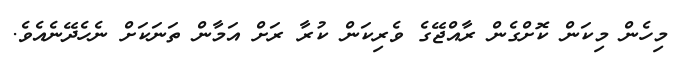
މިހެން މިކަން ކޮށްގެން ރާއްޖޭގެ ވެރިކަން ކުރާ ރަށް އަމާން ތަނަކަށް ނެހެދޭނެއެވެ.